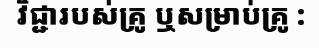
វិជ្ជារបស់គ្រូ ឬសម្រាប់គ្រូ :